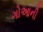
ગોઆની